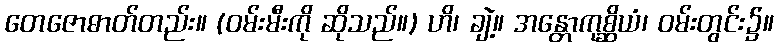
တေဇောဓာတ်တည်း။ (ဝမ်းမီးကို ဆိုသည်။) ဟိ၊ ချဲ့။ အန္တောကုစ္ဆိယံ၊ ဝမ်းတွင်း၌။